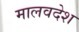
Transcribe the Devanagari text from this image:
मालवदेश